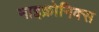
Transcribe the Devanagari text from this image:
माइक्रोनिक्स